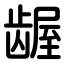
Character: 龌